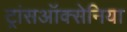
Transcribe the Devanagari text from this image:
ट्रांसऑक्सेनिया